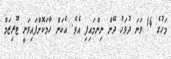
މަހުގެ 14 ވަނަ ދުވަހު ދޭން ނިންމައިފި އެވެ. އެކަން ހާމަކޮށްފައިވަނީ ޓޫރިޒަމް